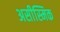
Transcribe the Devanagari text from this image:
असीस्मिक